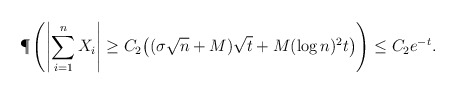
\begin{align*} \P\left( \left| \sum_{i=1}^n X_i \right| \geq C_2 \big( (\sigma \sqrt n + M) \sqrt t + M (\log n)^2 t \big) \right) &\leq C_2 e^{-t}. \end{align*}